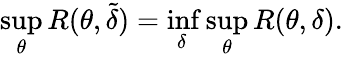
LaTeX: \operatorname*{sup}_{\theta}R(\theta,{\tilde{\delta}})=\operatorname*{inf}_{\delta}\operatorname*{sup}_{\theta}R(\theta,\delta).